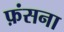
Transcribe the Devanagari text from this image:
फ़ंसना